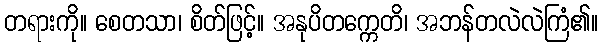
တရားကို။ စေတသာ၊ စိတ်ဖြင့်။ အနုပိတက္ကေတိ၊ အဘန်တလဲလဲကြံ၏။